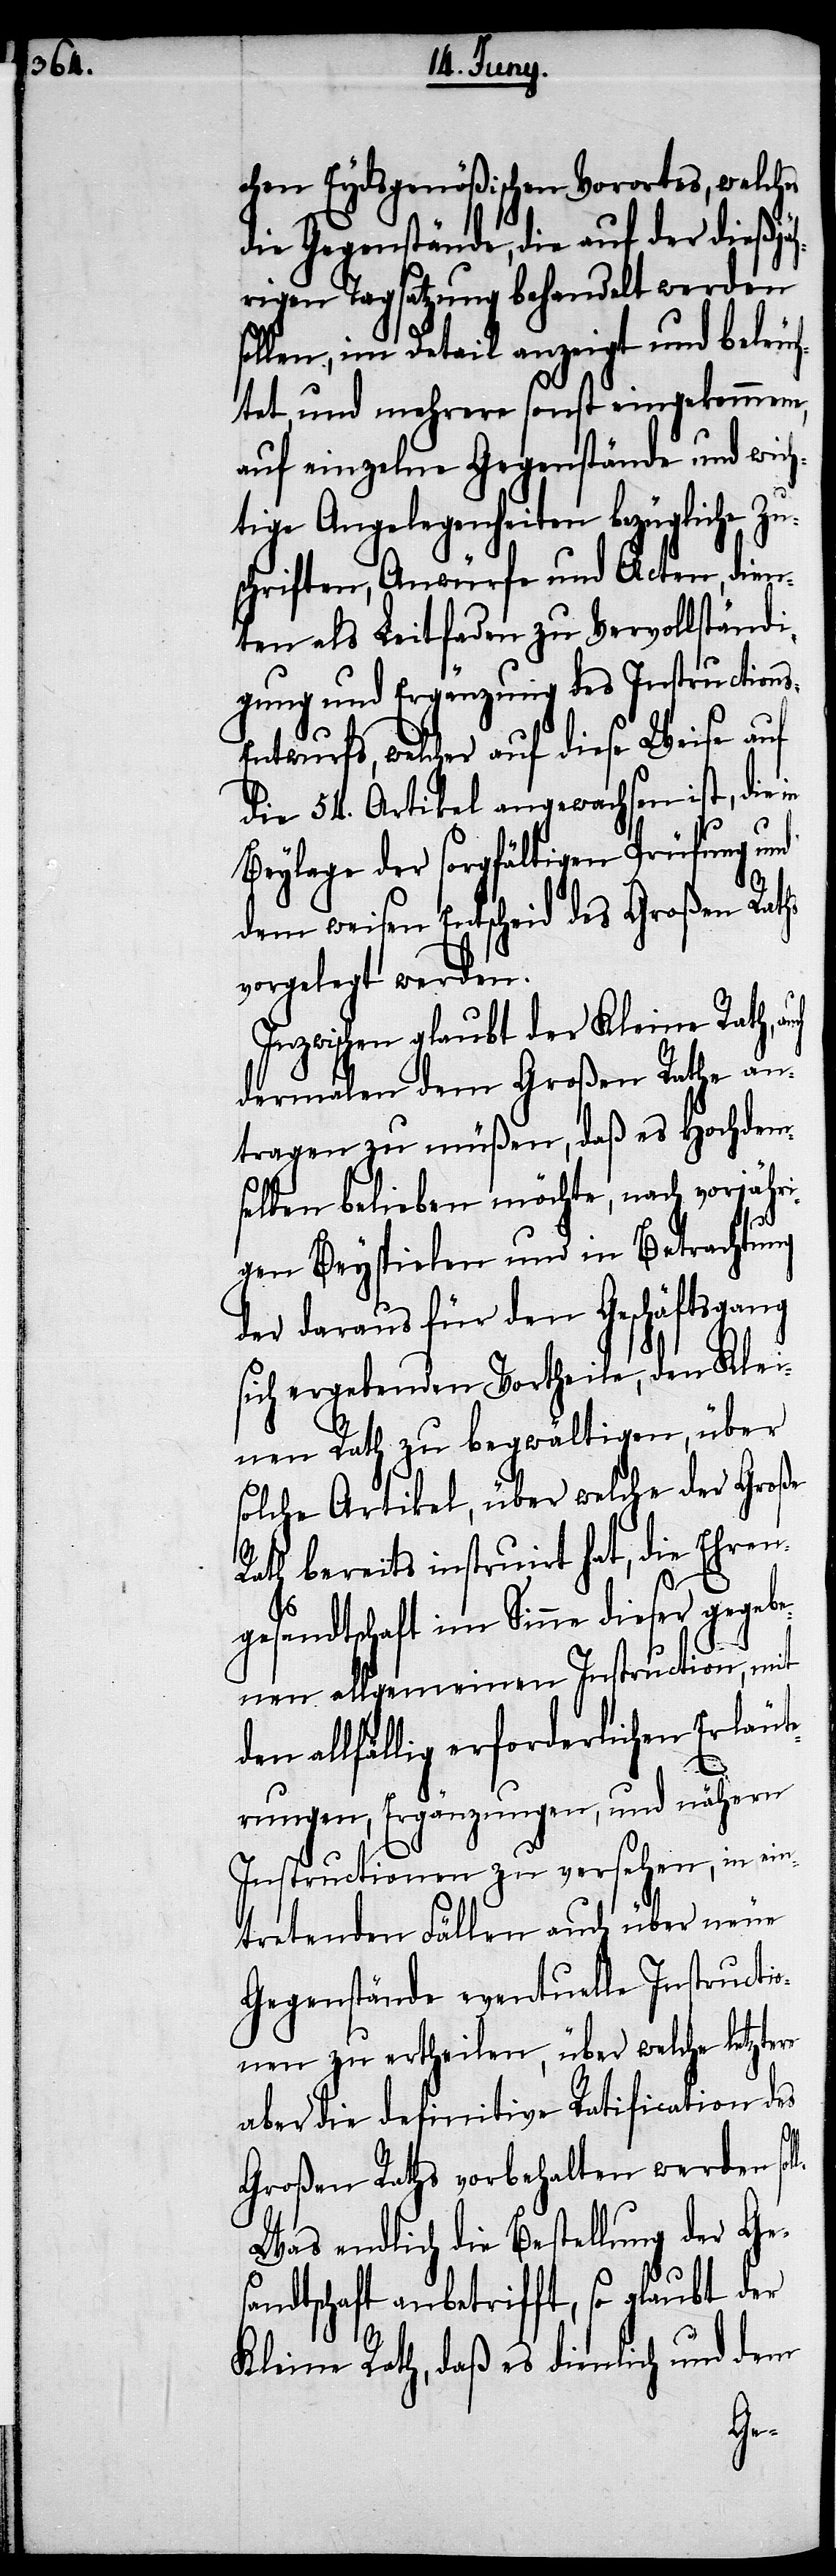
chen Eydsgenößischen Vorortes, welches
die Gegenstände, die auf der dießjäh¬
rigen Tagsatzung behandelt werden
sollen, im Detail anzeigt und beleuc¬
htet, und mehrere sonst eingekommene,
auf einzelne Gegenstände und wich¬
tige Angelegenheiten bezügliche Zu¬
schriften, Anwürfe und Acten, dien¬
ten als Leitfaden zu Vervollständi¬
gung und Ergänzung des Instruction¬
ntwurfs, welcher auf diese Weise auf
die 54. Artikel angewachsen ist, die
Beylage der sorgfältigen Prüfung und
dem weisen Entscheid des Großen Raths
vorgelegt werden.
Inzwischen glaubt der Kleine Rath,
dermalen dem Großen Rathe an¬
tragen zu müßen, daß es Hochdem¬
selben belieben möchte, nach vorjähri¬
gen Beyspielen und in Betrachtung
des daraus für den Geschäftsgang
sich ergebenden Vortheile, den Klei¬
nen Rath zu begwältigen, über
solche Artikel, über welche der Große
Rath bereits instruirt hat, die Ehren¬
gesandtschaft im Sinne dieser gegebe¬
nen allgemeinen Instruction, mit
dem allfällig erforderlichen Erläut¬
erungen, Ergänzungen, und nähern
Instructionen zu versehen, in ein¬
tretenden Fällen auch über neue
Gegenstände eventuelle Instructio¬
nen zu ertheilen, über welche letztern
aber definitive Ratification des
Großen Raths vorbehalten werden sol¬
Was endlich die Bestellung der Ge¬
sandtschaft anbetrifft, so glaubt der
Kleine Rath, daß es dienlich und dem
l.